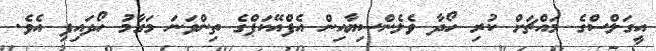
އީގަލްސްގެ މައްޗަށް ކުރި ހޯދާ ވެލެންސިޔާއިން އެފްއޭކަޕްގެ ތިންވަނަ މަގާމު ހޯދައިފި އެވެ.